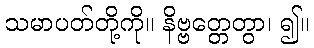
သမာပတ်တို့ကို။ နိဗ္ဗတ္တေတွာ၊ ၍။